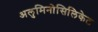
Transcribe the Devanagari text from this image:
अलुमिनोसिलिकेट